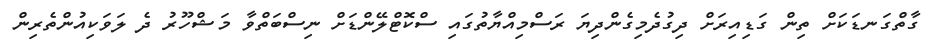
ގާތްގަނޑަކަށް ތިން ގަޑިއިރަށް ދިގުދެމިގެންދިޔަ ރަސްމިއްޔާތުގައި ސްކޮޓްލޭންޑަށް ނިސްބަތްވާ މަޝްހޫރު ދެ ލަވަކިއުންތެރިން